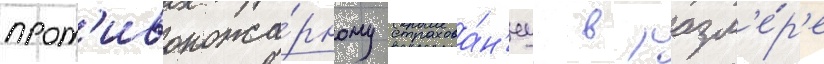
прот'ивопожа́рному страхова́н'иу в разм'е́р'е